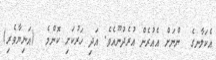
އެކަލާނގެ  ންނަށް އެއުރެން އުރެދުނޫއެވެ. އަދި ހަރުކަށި ކޮންމެ  (އަނިޔާވެރި)